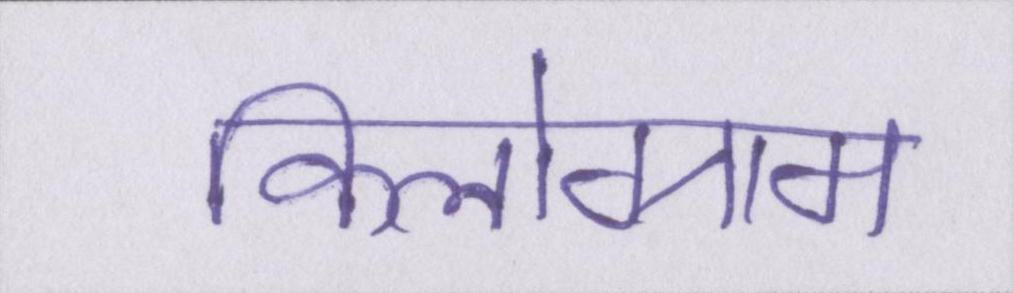
किलोग्राम